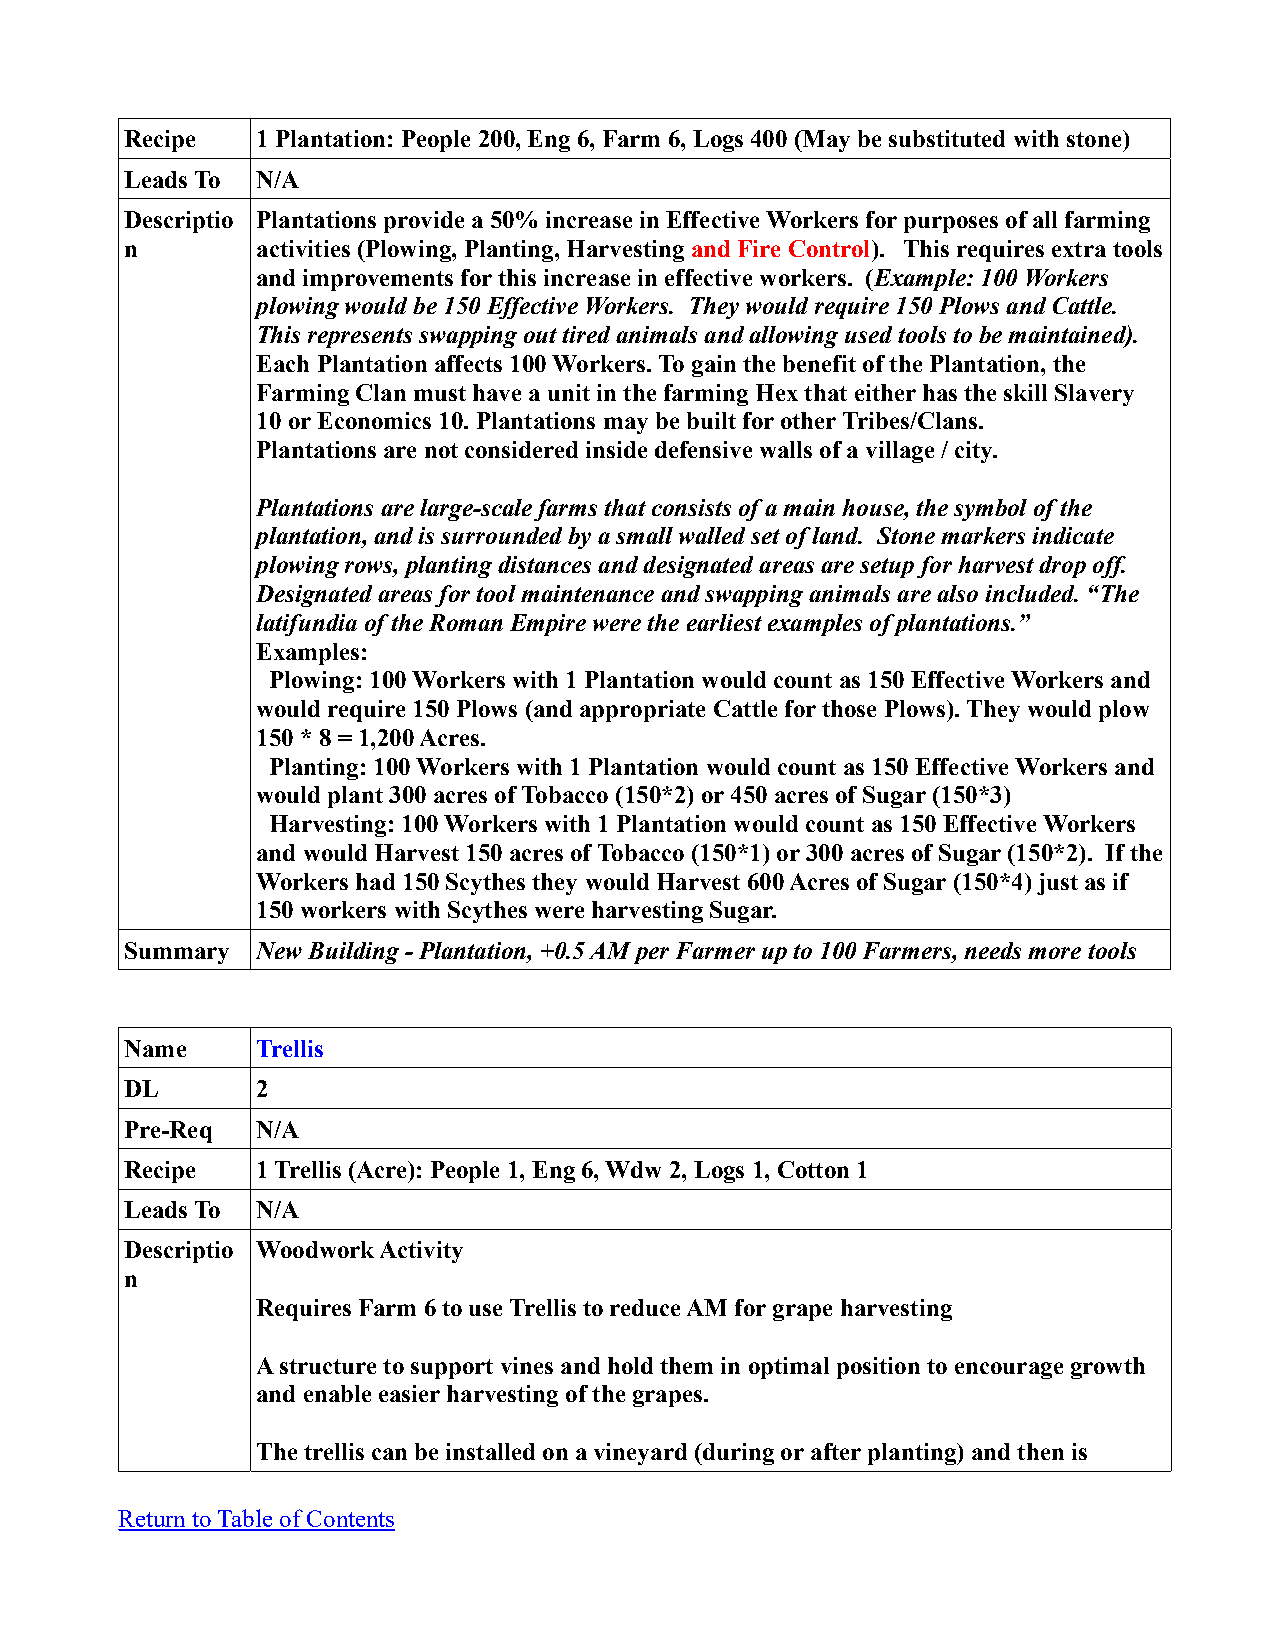
Recipe   1 Plantation: People 200, Eng 6, Farm 6, Logs 400 (May be substituted with stone)
 Leads To N/A
 Descriptio Plantations provide a 50% increase in Effective Workers for purposes of all farming
 n        activities (Plowing, Planting, Harvesting and Fire Control). This requires extra tools
 and improvements for this increase in effective workers. (Example: 100 Workers
 plowing would be 150 Effective Workers. They would require 150 Plows and Cattle.
 This represents swapping out tired animals and allowing used tools to be maintained).
 Each Plantation affects 100 Workers. To gain the benefit of the Plantation, the
 Farming Clan must have a unit in the farming Hex that either has the skill Slavery
 10 or Economics 10. Plantations may be built for other Tribes/Clans.
 Plantations are not considered inside defensive walls of a village / city.
 Plantations are large-scale farms that consists of a main house, the symbol of the
 plantation, and is surrounded by a small walled set of land. Stone markers indicate
 plowing rows, planting distances and designated areas are setup for harvest drop off.
 Designated areas for tool maintenance and swapping animals are also included. “The
 latifundia of the Roman Empire were the earliest examples of plantations.”
 Examples:
 Plowing: 100 Workers with 1 Plantation would count as 150 Effective Workers and
 would require 150 Plows (and appropriate Cattle for those Plows). They would plow
 150 * 8 = 1,200 Acres.
 Planting: 100 Workers with 1 Plantation would count as 150 Effective Workers and
 would plant 300 acres of Tobacco (150*2) or 450 acres of Sugar (150*3)
 Harvesting: 100 Workers with 1 Plantation would count as 150 Effective Workers
 and would Harvest 150 acres of Tobacco (150*1) or 300 acres of Sugar (150*2). If the
 Workers had 150 Scythes they would Harvest 600 Acres of Sugar (150*4) just as if
 150 workers with Scythes were harvesting Sugar.
 Summary  New Building - Plantation, +0.5 AM per Farmer up to 100 Farmers, needs more tools
 Name     Trellis
 DL       2
 Pre-Req  N/A
 Recipe   1 Trellis (Acre): People 1, Eng 6, Wdw 2, Logs 1, Cotton 1
 Leads To N/A
 Descriptio Woodwork Activity
 n
 Requires Farm 6 to use Trellis to reduce AM for grape harvesting
 A structure to support vines and hold them in optimal position to encourage growth
 and enable easier harvesting of the grapes.
 The trellis can be installed on a vineyard (during or after planting) and then is
 Return to Table of Contents